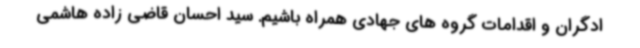
ادگران و اقدامات گروه های جهادی همراه باشیم. سید احسان قاضی زاده هاشمی